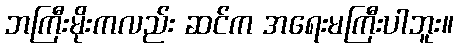
ဘကြီးမိုးကလည်း ဆင်က အရေးမကြီးပါဘူး။